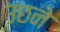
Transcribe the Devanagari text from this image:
उछने